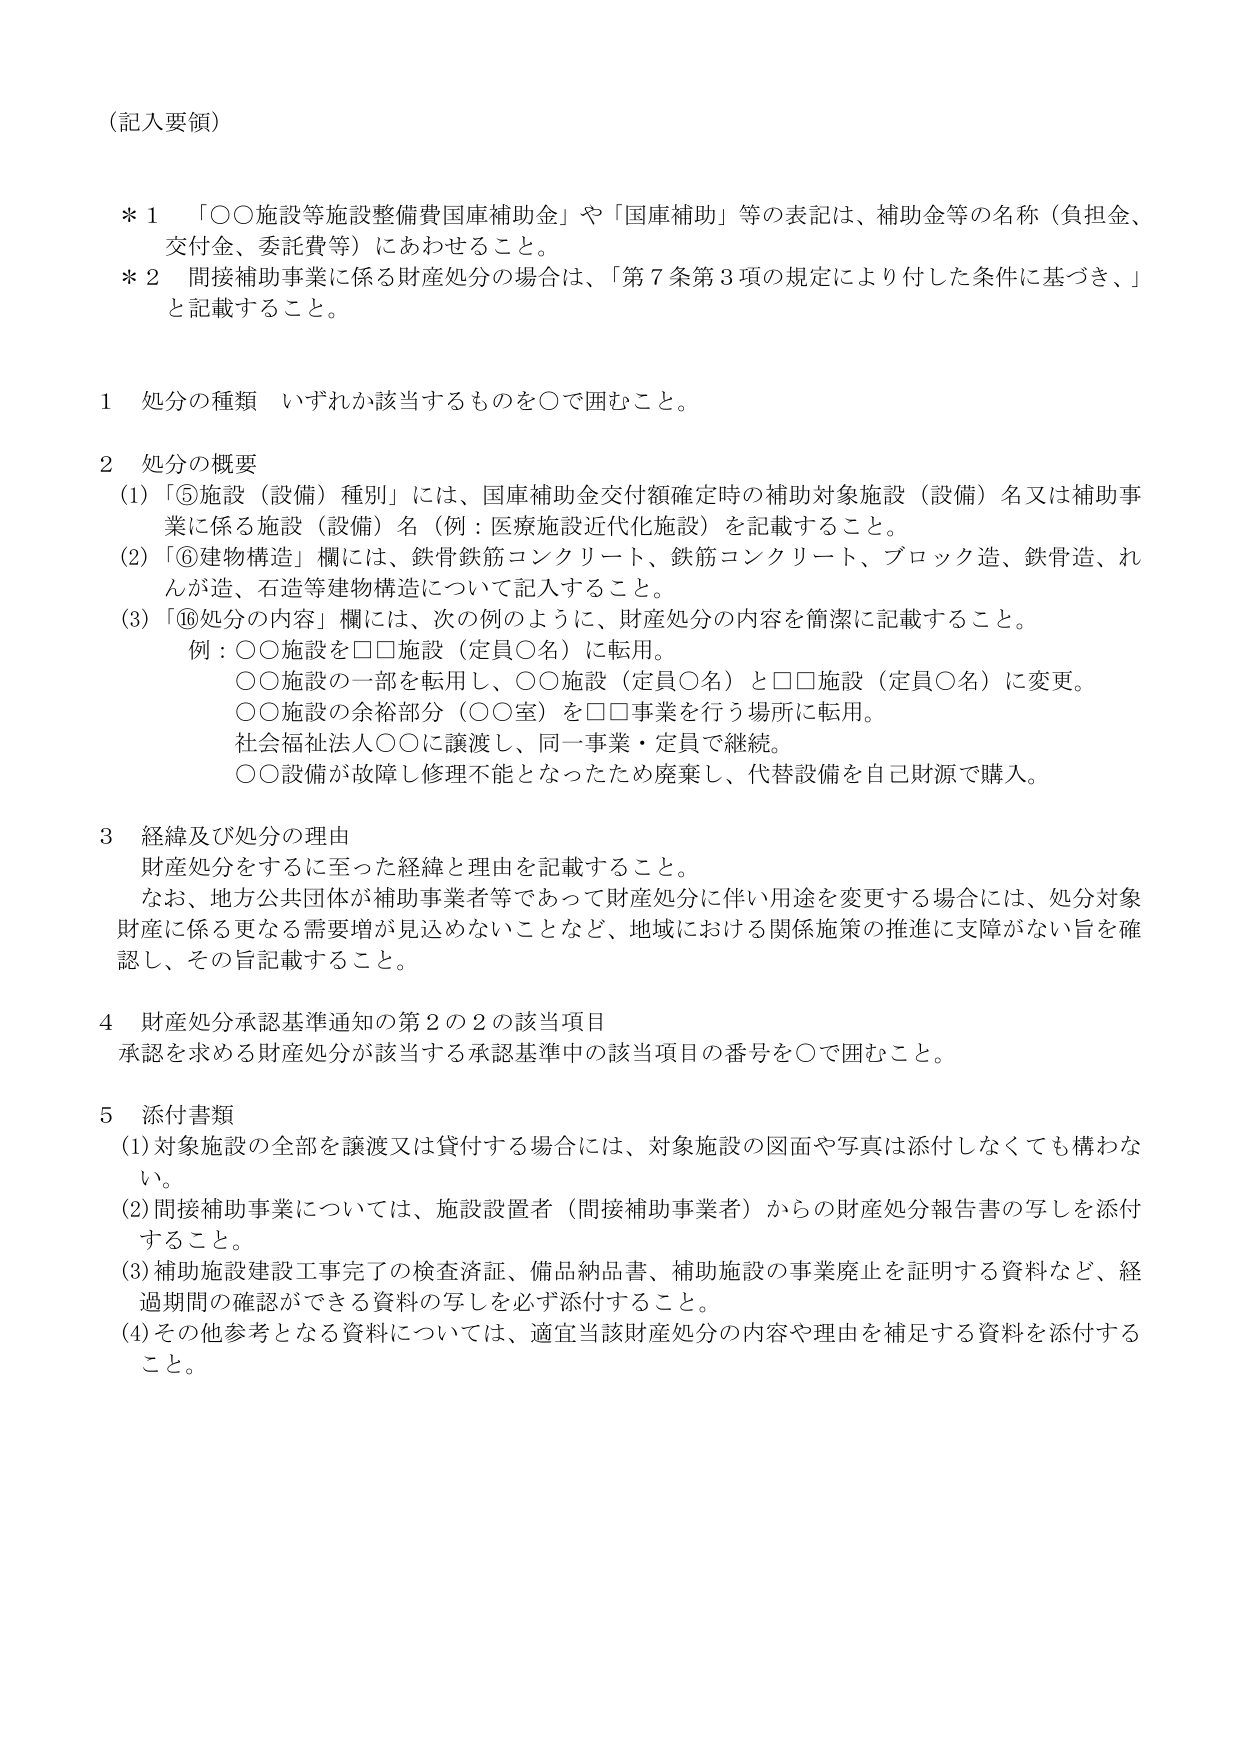
（記入要領）

＊１　「○○施設等施設整備費国庫補助金」や「国庫補助」等の表記は、補助金等の名称（負担金、交付金、委託費等）にあわせること。

＊２　間接補助事業に係る財産処分の場合は、「第７条第３項の規定により付した条件に基づき、」と記載すること。

１　処分の種類　いずれか該当するものを○で囲むこと。

２　処分の概要
　(1)「⑤施設（設備）種別」には、国庫補助金交付額確定時の補助対象施設（設備）名又は補助事業に係る施設（設備）名（例：医療施設近代化施設）を記載すること。
　(2)「⑥建物構造」欄には、鉄骨鉄筋コンクリート、鉄筋コンクリート、ブロック造、鉄骨造、れんが造、石造等建物構造について記入すること。
　(3)「⑯処分の内容」欄には、次の例のように、財産処分の内容を簡潔に記載すること。
　　　例：○○施設を□□施設（定員○名）に転用。
　　　　　○○施設の一部を転用し、○○施設（定員○名）と□□施設（定員○名）に変更。
　　　　　○○施設の余裕部分（○○室）を□□事業を行う場所に転用。
　　　　　社会福祉法人○○に譲渡し、同一事業・定員で継続。
　　　　　○○設備が故障し修理不能となったため廃棄し、代替設備を自己財源で購入。

３　経緯及び処分の理由
　財産処分をするに至った経緯と理由を記載すること。
　なお、地方公共団体が補助事業者等であって財産処分に伴い用途を変更する場合には、処分対象財産に係る更なる需要増が見込めないことなど、地域における関係施策の推進に支障がない旨を確認し、その旨記載すること。

４　財産処分承認基準通知の第２の２の該当項目
　承認を求める財産処分が該当する承認基準中の該当項目の番号を○で囲むこと。

５　添付書類
　(1)対象施設の全部を譲渡又は貸付する場合には、対象施設の図面や写真は添付しなくても構わない。
　(2)間接補助事業については、施設設置者（間接補助事業者）からの財産処分報告書の写しを添付すること。
　(3)補助施設建設工事完了の検査証、備品納品書、補助施設の事業廃止を証明する資料など、経過期間の確認ができる資料の写しを必ず添付すること。
　(4)その他参考となる資料については、適宜当該財産処分の内容や理由を補足する資料を添付すること。